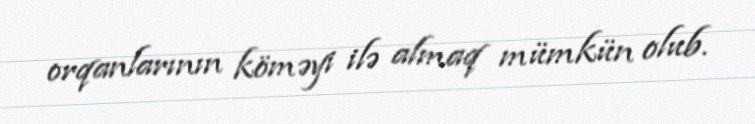
orqanlarının köməyi ilə almaq mümkün olub.